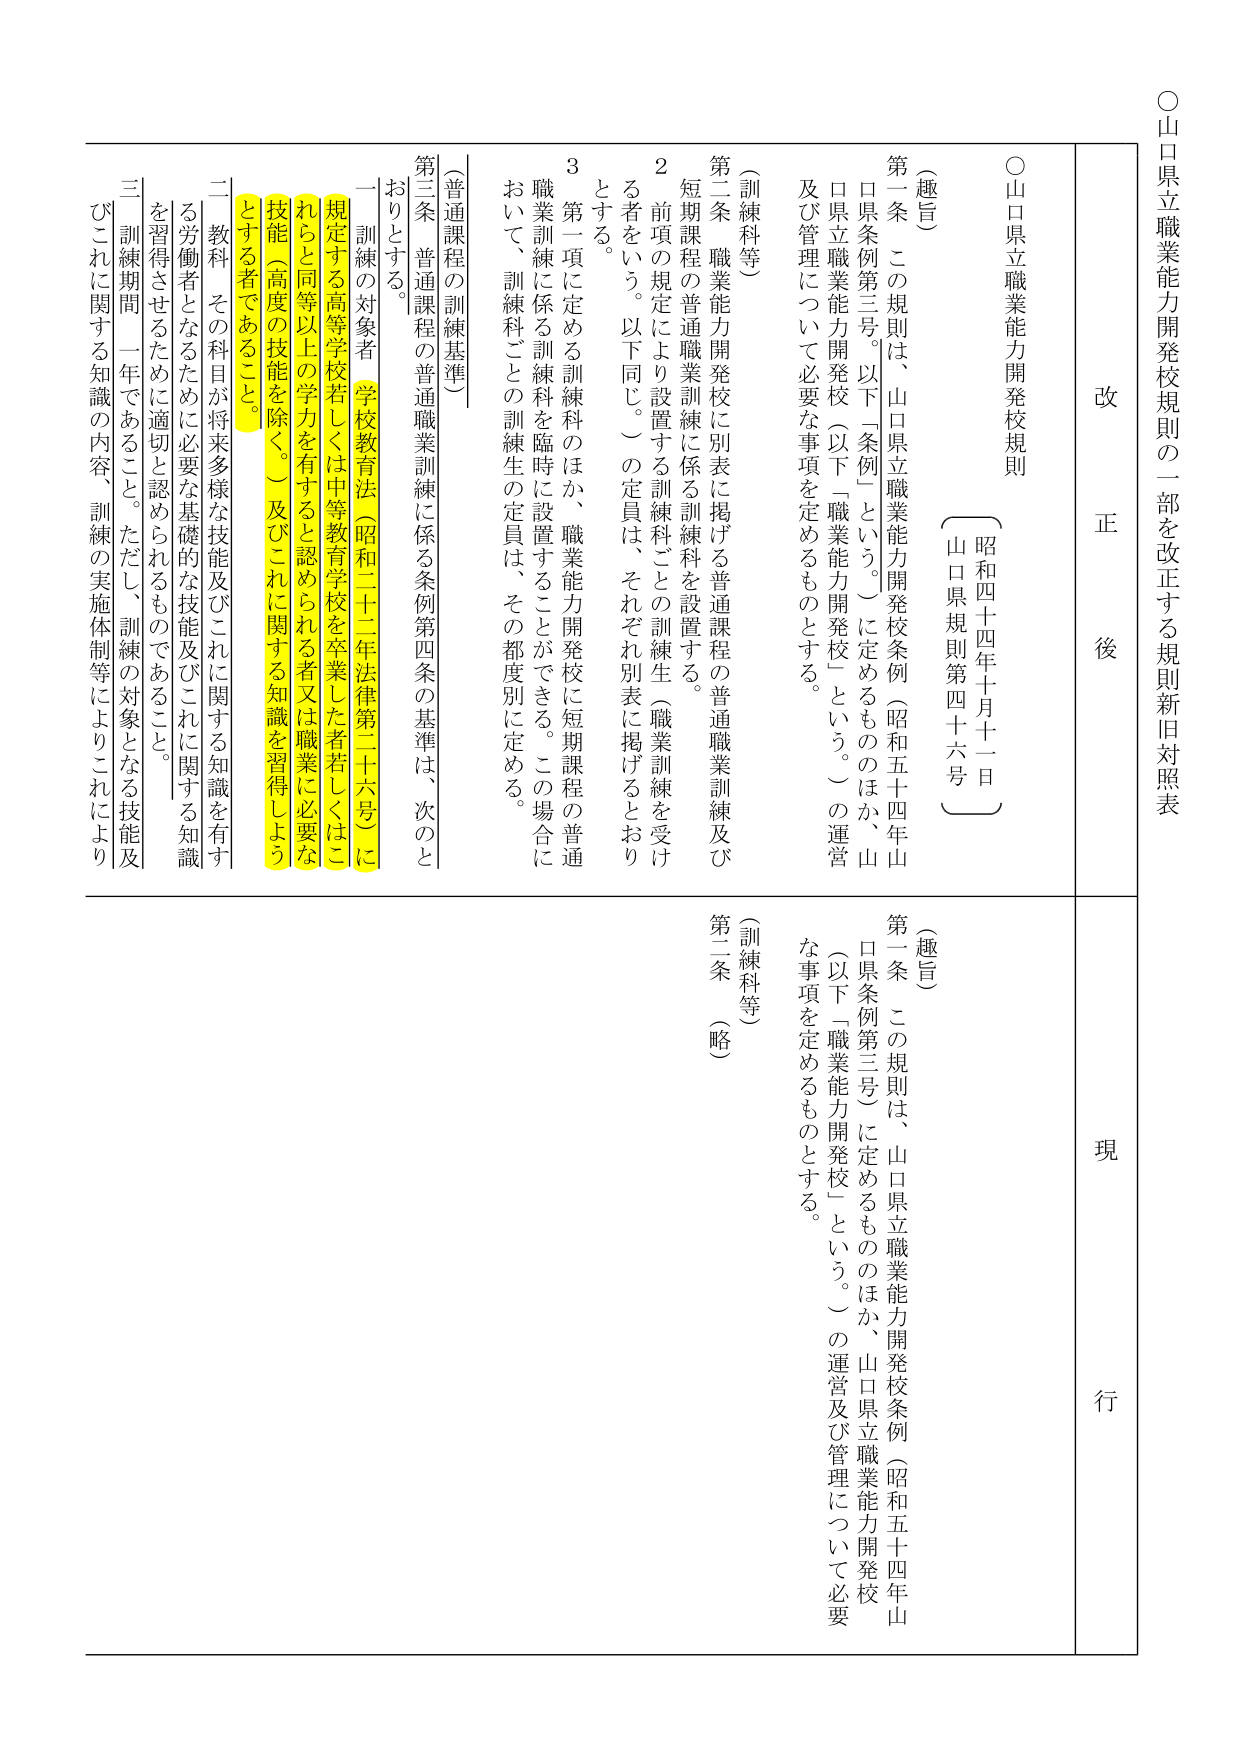
○山口県立職業能力開発校規則の一部を改正する規則新旧対照表

改 正 後

○山口県立職業能力開発校規則

（昭和四十四年十月十一日 山口県規則第四十六号）

（趣旨）

第一条 この規則は、山口県立職業能力開発校条例（昭和五十四年山口県条例第三号。以下「条例」という。）に定めるもののほか、山口県立職業能力開発校（以下「職業能力開発校」という。）の運営及び管理について必要な事項を定めるものとする。

（訓練科等）

第二条 職業能力開発校に別表に掲げる普通課程の普通職業訓練及び短期課程の普通職業訓練に係る訓練科を設置する。

２ 前項の規定により設置する訓練科ごとの訓練生（職業訓練を受ける者をいう。以下同じ。）の定員は、それぞれ別表に掲げるとおりとする。

３ 第一項に定める訓練科のほか、職業能力開発校に短期課程の普通職業訓練に係る訓練科を臨時に設置することができる。この場合において、訓練科ごとの訓練生の定員は、その都道府県別に定める。

（普通課程の訓練基準）

第三条 普通課程の普通職業訓練に係る条例第四条の基準は、次のとおりとする。

一 訓練の対象者（学校教育法（昭和二十二年法律第二十六号）に規定する高等学校若しくは中等教育学校を卒業した者若しくはこれと同等以上の学力を有すると認められる者又は職業に必要な技能（高度の技能を除く。）及びこれに関する知識を習得しようとする者であること。

二 教科 その科目が将来多様な技能及びこれに関する知識を有する労働者となるために必要な基礎的な技能及びこれに関する知識を習得させるために適切と認められるものであること。

三 訓練期間 一年であること。ただし、訓練の対象となる技能及びこれに関する知識の内容、訓練の実施体制等によりこれにより

現 行

（趣旨）

第一条 この規則は、山口県立職業能力開発校条例（昭和五十四年山口県条例第三号）に定めるもののほか、山口県立職業能力開発校（以下「職業能力開発校」という。）の運営及び管理について必要な事項を定めるものとする。

（訓練科等）

第二条 （略）